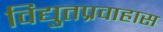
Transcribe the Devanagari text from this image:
विद्युतप्रवाहास